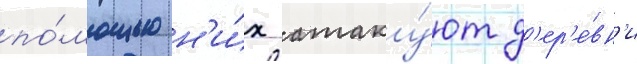
по́мощью н'и́х атаку́ют д'ер'е́вн'и